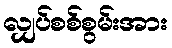
လျှပ်စစ်စွမ်းအား